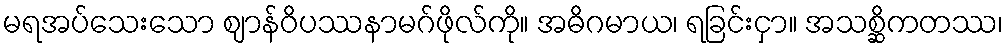
မရအပ်သေးသော ဈာန်ဝိပဿနာမဂ်ဖိုလ်ကို။ အဓိဂမာယ၊ ရခြင်းငှာ။ အသစ္ဆိကတဿ၊